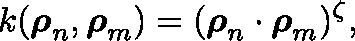
k ( \boldsymbol { \mathbf { \rho } } _ { n } , \boldsymbol { \mathbf { \rho } } _ { m } ) = ( \boldsymbol { \mathbf { \rho } } _ { n } \cdot \boldsymbol { \mathbf { \rho } } _ { m } ) ^ { \zeta } ,